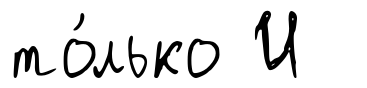
то́лько И